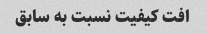
افت کیفیت نسبت به سابق